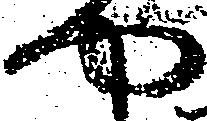
や